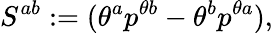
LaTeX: S^{ab}:=(\theta^{a}p^{\theta b}-\theta^{b}p^{\theta a}),